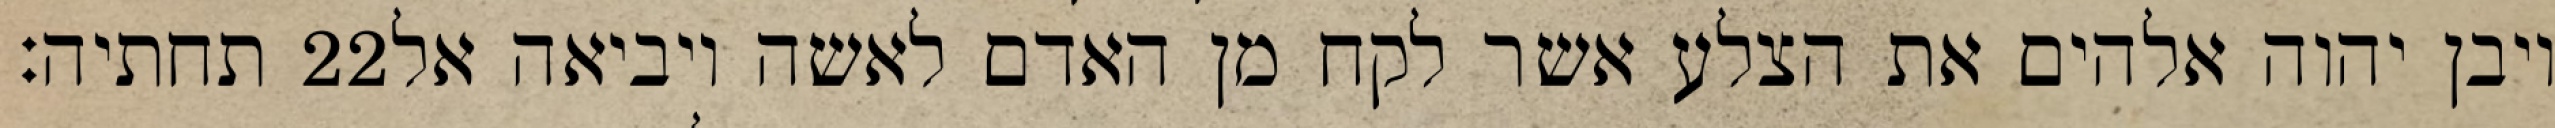
תחתיה׃ ‎22‏ ויבן יהוה אלהים את הצלע אשר לקח מן האדם לאשה ויביאה אל